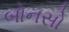
બોનસો